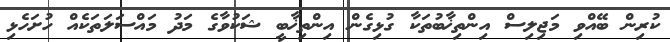
ކުރިން ބޭއްވި މަޖިލިސް އިންތިޚާބުތަކާ ގުޅިގެން އިންތިޚާބީ ޝަކުވާގެ މަދު މައްސަލަތަކެއް ހުށަހެޅި